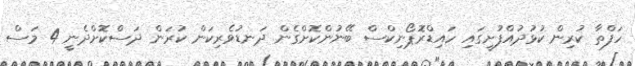
ހަފްތާ ކުރިން ކުޅުދުއްފުށީގައި ހައިޑްރޮޕޯނިކްސް ބޭނުންކޮށްގެން ދަނޑުވެރިކަން ކުރަން ދަސްކޮށްދެނީ 4 މަސް